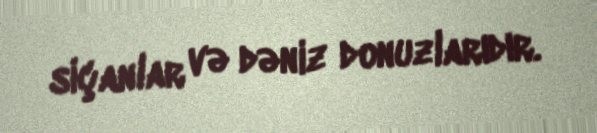
siçanlar və dəniz donuzlarıdır.